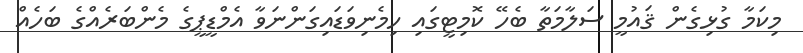
މިކަމާ ގުޅިގެން ޤައުމީ ސަލާމަތާ ބެހޭ ކޮމިޓީގައި ހިމެނިވަޑައިގަންނަވާ އެމްޑީޕީގެ މެންބަރެއްގެ ބަހެއް